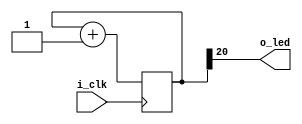
//Based on Dan Gisselquist's blinky at https://zipcpu.com/blog/2017/05/19/blinky.html
`default_nettype none

module blinky(
    input wire i_clk,
    output wire o_led
);

    parameter CBITS = 21;       //was originally 26, this is lively on 6MHz

    reg	[CBITS-1:0]	counter = 0;
    always @(posedge i_clk)
    counter <= counter + 1'b1;
    assign o_led = counter[CBITS-1];
endmodule